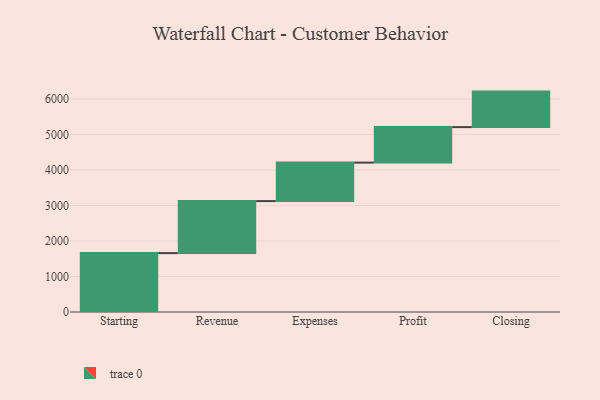
{"axis": {"x": "Step", "y": "Value"}, "legend": [""], "data": [{"x": "Starting", "y": 1659.0, "type": ""}, {"x": "Revenue", "y": 1465.0, "type": ""}, {"x": "Expenses", "y": 1084.0, "type": ""}, {"x": "Profit", "y": 1000, "type": ""}, {"x": "Closing", "y": 1000, "type": ""}]}